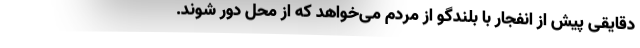
دقایقی پیش از انفجار با بلندگو از مردم می‌خواهد که از محل دور شوند.